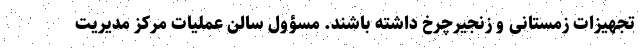
تجهیزات ز‌مستانی و زنجیرچرخ داشته باشند. مسؤول سالن عملیات مرکز مدیریت